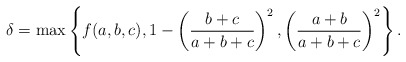
\begin{align*}\delta= \max\left\{f(a,b,c), 1-\left(\frac {b+c}{a+b+c} \right)^2, \left(\frac {a+b}{a+b+c} \right)^2 \right\}.\end{align*}